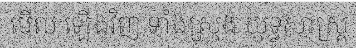
មើល ឡើងវិញ ទាំងស្រុង យុទ្ធសាស្ត្រ